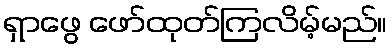
ရှာဖွေ ဖော်ထုတ်ကြလိမ့်မည်။